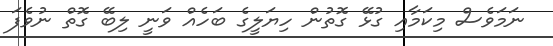
ނަމަވެސް މިކަމާއި ގުޅޭ ގޮތުން ހިޔަލީގެ ބަހެއް ވަނީ ލިބޭ ގޮތް ނުވެފަ